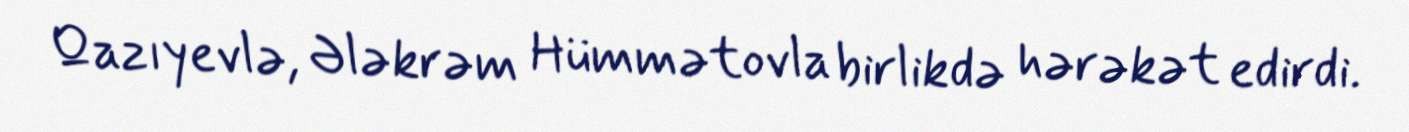
Qazıyevlə, Ələkrəm Hümmətovla birlikdə hərəkət edirdi.